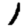
Digit: 1